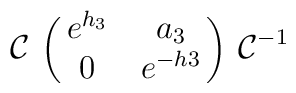
{\cal C} \, \left(\matrix{ e^{h_3} & a_3 \cr 0 & e^{-h3} \cr }\right)  \, {\cal C}^{-1}